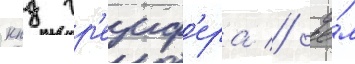
кпд гр'еиф'ера // Че́м